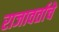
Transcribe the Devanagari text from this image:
राजावर्ताचे